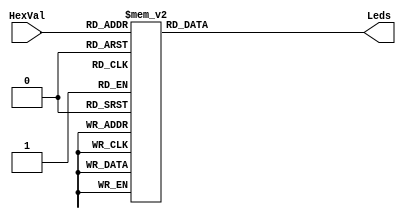
module Hex27Seg(Leds,HexVal);
	output [0:6] Leds;		// Active low light selection used to create the players score.
	input  [3:0] HexVal;	// The 4 bit hex value of the number to be represented with LEDs.
	reg    [0:6] Leds;		// A register used to assign the LED output.
	
	always @(HexVal)
	begin
    case(HexVal)
      4'h0:  Leds = 7'b000_0001;  // forms the character for 0
      4'h1:  Leds = 7'b100_1111;  // forms the character for 1
      4'h2:  Leds = 7'b001_0010;  // forms the character for 2
      4'h3:  Leds = 7'b000_0110;  // forms the character for 3
      4'h4:  Leds = 7'b100_1100;  // forms the character for 4
      4'h5:  Leds = 7'b010_0100;  // forms the character for 5
      4'h6:  Leds = 7'b010_0000;  // forms the character for 6
      4'h7:  Leds = 7'b000_1111;  // forms the character for 7
      4'h8:  Leds = 7'b000_0000;  // forms the character for 8
      4'h9:  Leds = 7'b000_0100;  // forms the character for 9
      default:  Leds = 7'b111_1111; //  a blank default
		endcase
	end
endmodule